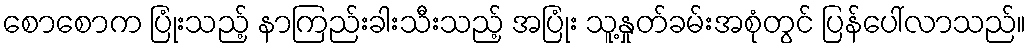
စောစောက ပြုံးသည့် နာကြည်းခါးသီးသည့် အပြုံး သူ့နှုတ်ခမ်းအစုံတွင် ပြန်ပေါ်လာသည်။